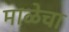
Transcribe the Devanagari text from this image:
माळेचा